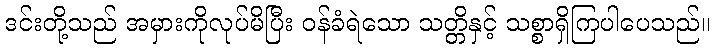
ဒင်းတို့သည် အမှားကိုလုပ်မိပြီး ဝန်ခံရဲသော သတ္တိနှင့် သစ္စာရှိကြပါပေသည်။